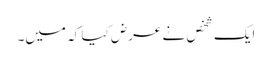
ایک شخص نے عرض کیا کہ میں۔